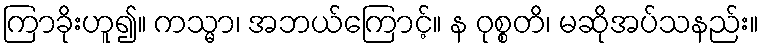
ကြာခိုးဟူ၍။ ကသ္မာ၊ အဘယ်ကြောင့်။ န ဝုစ္စတိ၊ မဆိုအပ်သနည်း။